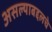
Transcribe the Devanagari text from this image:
असल्याबद्दलचे